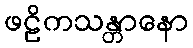
ဖဠိကသန္တာနော